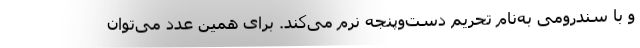
و با سندرومی به‌نام تحریم دست‌و‌پنجه نرم می­کند. برای همین عدد می­توان